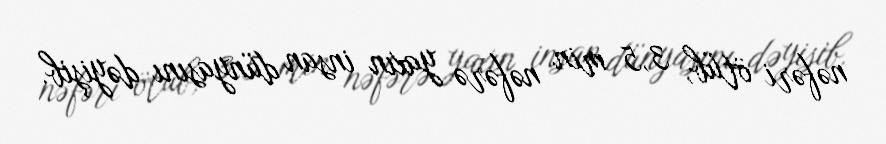
nəfəri ötüb, 3,5 min nəfərə yaxın insan dünyasını dəyişib.